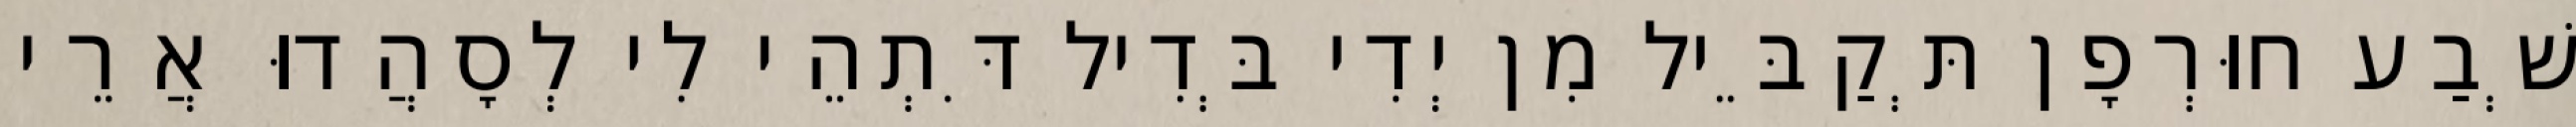
שְׁבַע חוּרְפָן תְּקַבֵּיל מִן יְדִי בְּדִיל דִּתְהֵי לִי לְסָהֲדוּ אֲרֵי